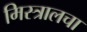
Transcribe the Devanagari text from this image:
मिस्त्रालचा